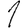
Digit: 1